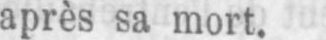
après sa mort.